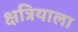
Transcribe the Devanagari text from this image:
क्षत्रियाला